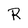
Character: R